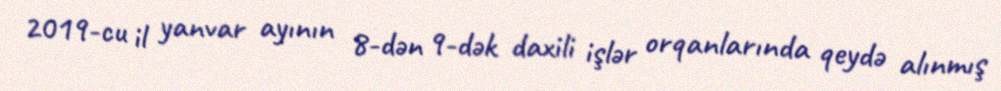
2019-cu il yanvar ayının 8-dən 9-dək daxili işlər orqanlarında qeydə alınmış